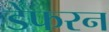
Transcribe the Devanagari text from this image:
डेफरन